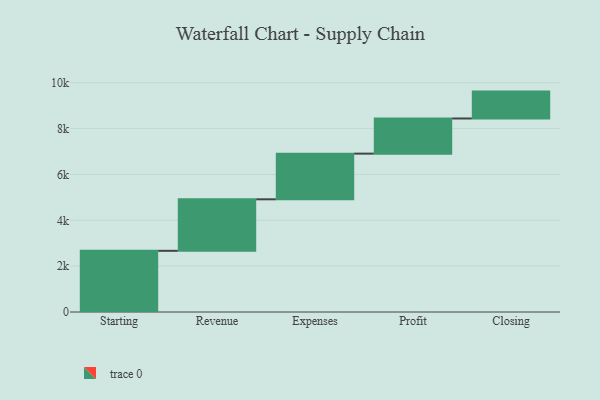
{"axis": {"x": "Step", "y": "Value"}, "legend": [""], "data": [{"x": "Starting", "y": 2669.0, "type": ""}, {"x": "Revenue", "y": 2247.0, "type": ""}, {"x": "Expenses", "y": 1992.0, "type": ""}, {"x": "Profit", "y": 1533.0, "type": ""}, {"x": "Closing", "y": 1173.0, "type": ""}]}